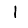
Digit: 1